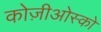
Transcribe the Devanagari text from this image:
कोज़ीओस्को